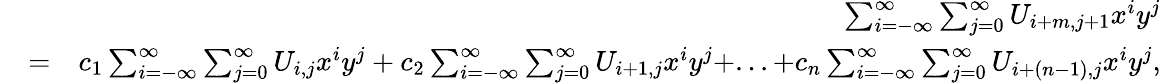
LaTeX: \begin{array}{rlr}&{}&{\sum_{i=-\infty}^{\infty}\sum_{j=0}^{\infty}U_{i+m,j+1}x^{i}y^{j}}\\ &{=}&{c_{1}\sum_{i=-\infty}^{\infty}\sum_{j=0}^{\infty}U_{i,j}x^{i}y^{j}+c_{2}\sum_{i=-\infty}^{\infty}\sum_{j=0}^{\infty}U_{i+1,j}x^{i}y^{j}+...+c_{n}\sum_{i=-\infty}^{\infty}\sum_{j=0}^{\infty}U_{i+(n-1),j}x^{i}y^{j},}\end{array}